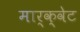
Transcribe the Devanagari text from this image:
मार्क्वेट